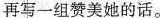
再写一组赞美她的话。